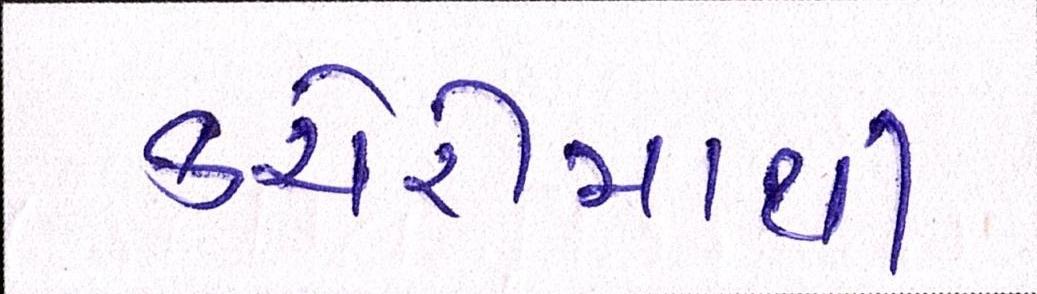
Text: કચેરીમાંથી